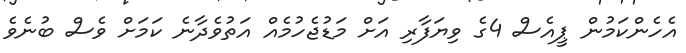
އެހެންކަމުން ޕީއެސް 4ގެ ވިޔަފާރި އަށް މަޑުޖެހުމެއް އަތުވެދާނެ ކަމަށް ވެސް ބުނެވެ